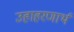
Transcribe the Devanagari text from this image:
उहाहरणार्थ